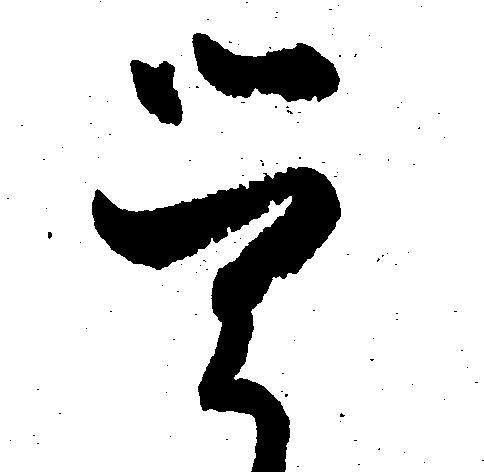
覚